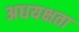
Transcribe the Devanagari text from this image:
अधयक्षता